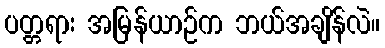
ပတ္တရား အမြန်ယာဉ်က ဘယ်အချိန်လဲ။